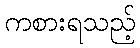
ကစားရသည့်